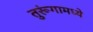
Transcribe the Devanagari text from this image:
तुरूंगामध्ये